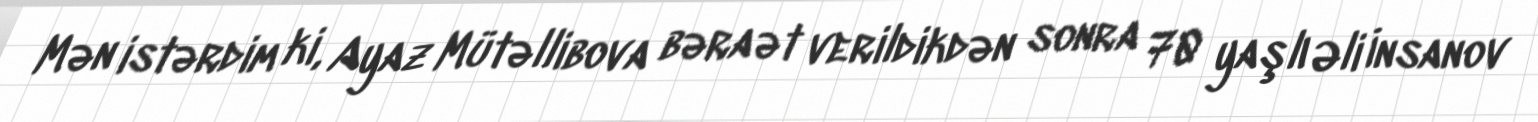
Mən istərdim ki, Ayaz Mütəllibova bəraət verildikdən sonra 70 yaşlı Əli İnsanov